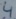
Text: 4